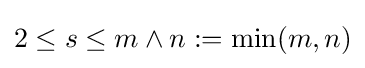
2\leq s\leq m\wedge n:=\min(m,n)